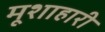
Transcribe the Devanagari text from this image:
मूशाहारी